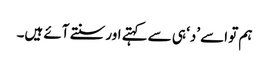
ہم تو اسے ’د‘ ہی سے کہتے اور سنتے آئے ہیں۔